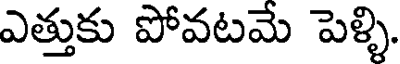
ఎత్తుకు పోవటమే పెళ్ళి.